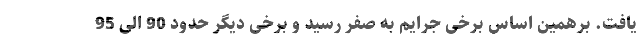
یافت. برهمین اساس برخی جرایم به صفر رسید و برخی دیگر حدود 90 الی 95